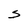
Character: S